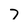
Character: 7